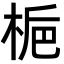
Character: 梔